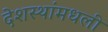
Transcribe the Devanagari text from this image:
देशस्थांमधली